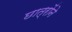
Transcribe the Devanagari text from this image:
छात्रोंने